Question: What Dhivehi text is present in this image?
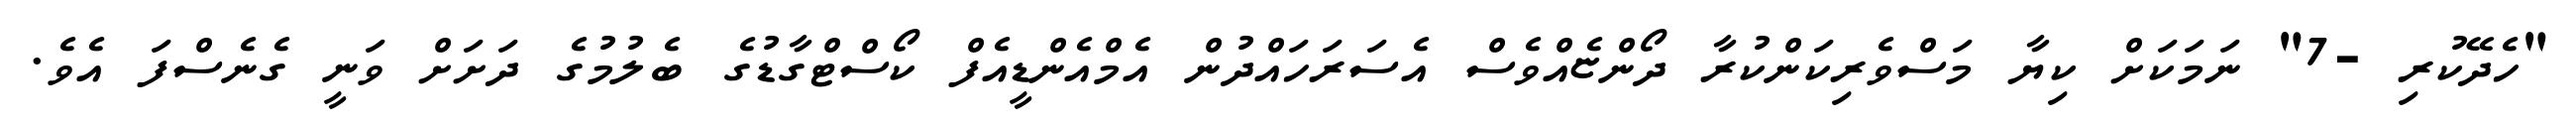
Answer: "ހެދޭކުރި -7" ނަމަކަށް ކިޔާ މަސްވެރިކަންކުރާ ދޯންޏެއްވެސް އެސަރަހައްދުން އެމްއެންޑީއެފް ކޯސްޓްގާޑުގެ ބެލުމުގެ ދަށަށް ވަނީ ގެނެސްފަ އެވެ.